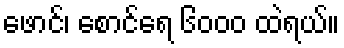
ဖောင်၊ စောင်ရေ ၆၀၀၀ ထဲရယ်။